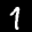
Label: 1